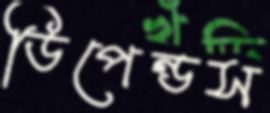
ডিপেন্ডস